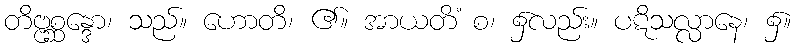
တိဗ္ဗစ္ဆန္ဒော၊ သည်။ ဟောတိ၊ ၏။ အာယတိံ စ၊ ၌လည်း။ ပဋိသလ္လာနေ၊ ၌။